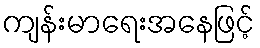
ကျန်းမာရေးအနေဖြင့်